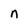
Character: n